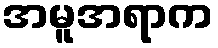
အမူအရာက